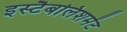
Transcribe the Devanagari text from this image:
इस्‍टैबलिशमेंट